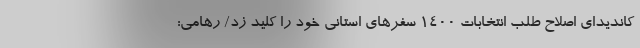
کاندیدای اصلاح طلب انتخابات ۱۴۰۰ سفرهای استانی خود را کلید زد/ رهامی: